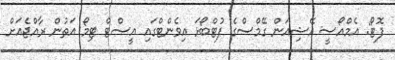
ފޮޓޯ: އެމްއޯސީ އޭޝިއަން ގޭމްސްގެ ފުޓްބޯޅަ އިވެންޓްގައި އީސްޓް ޓިމޯ އަތުން ރާއްޖެއަށް